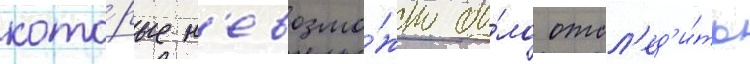
кото́рые н'евозмо́жно бы́ло отсл'ед'и́ть